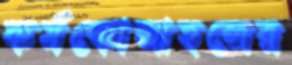
কর্মকোলাহলের